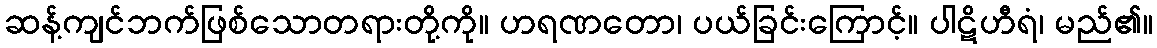
ဆန့်ကျင်ဘက်ဖြစ်သောတရားတို့ကို။ ဟရဏတော၊ ပယ်ခြင်းကြောင့်။ ပါဋိဟီရံ၊ မည်၏။